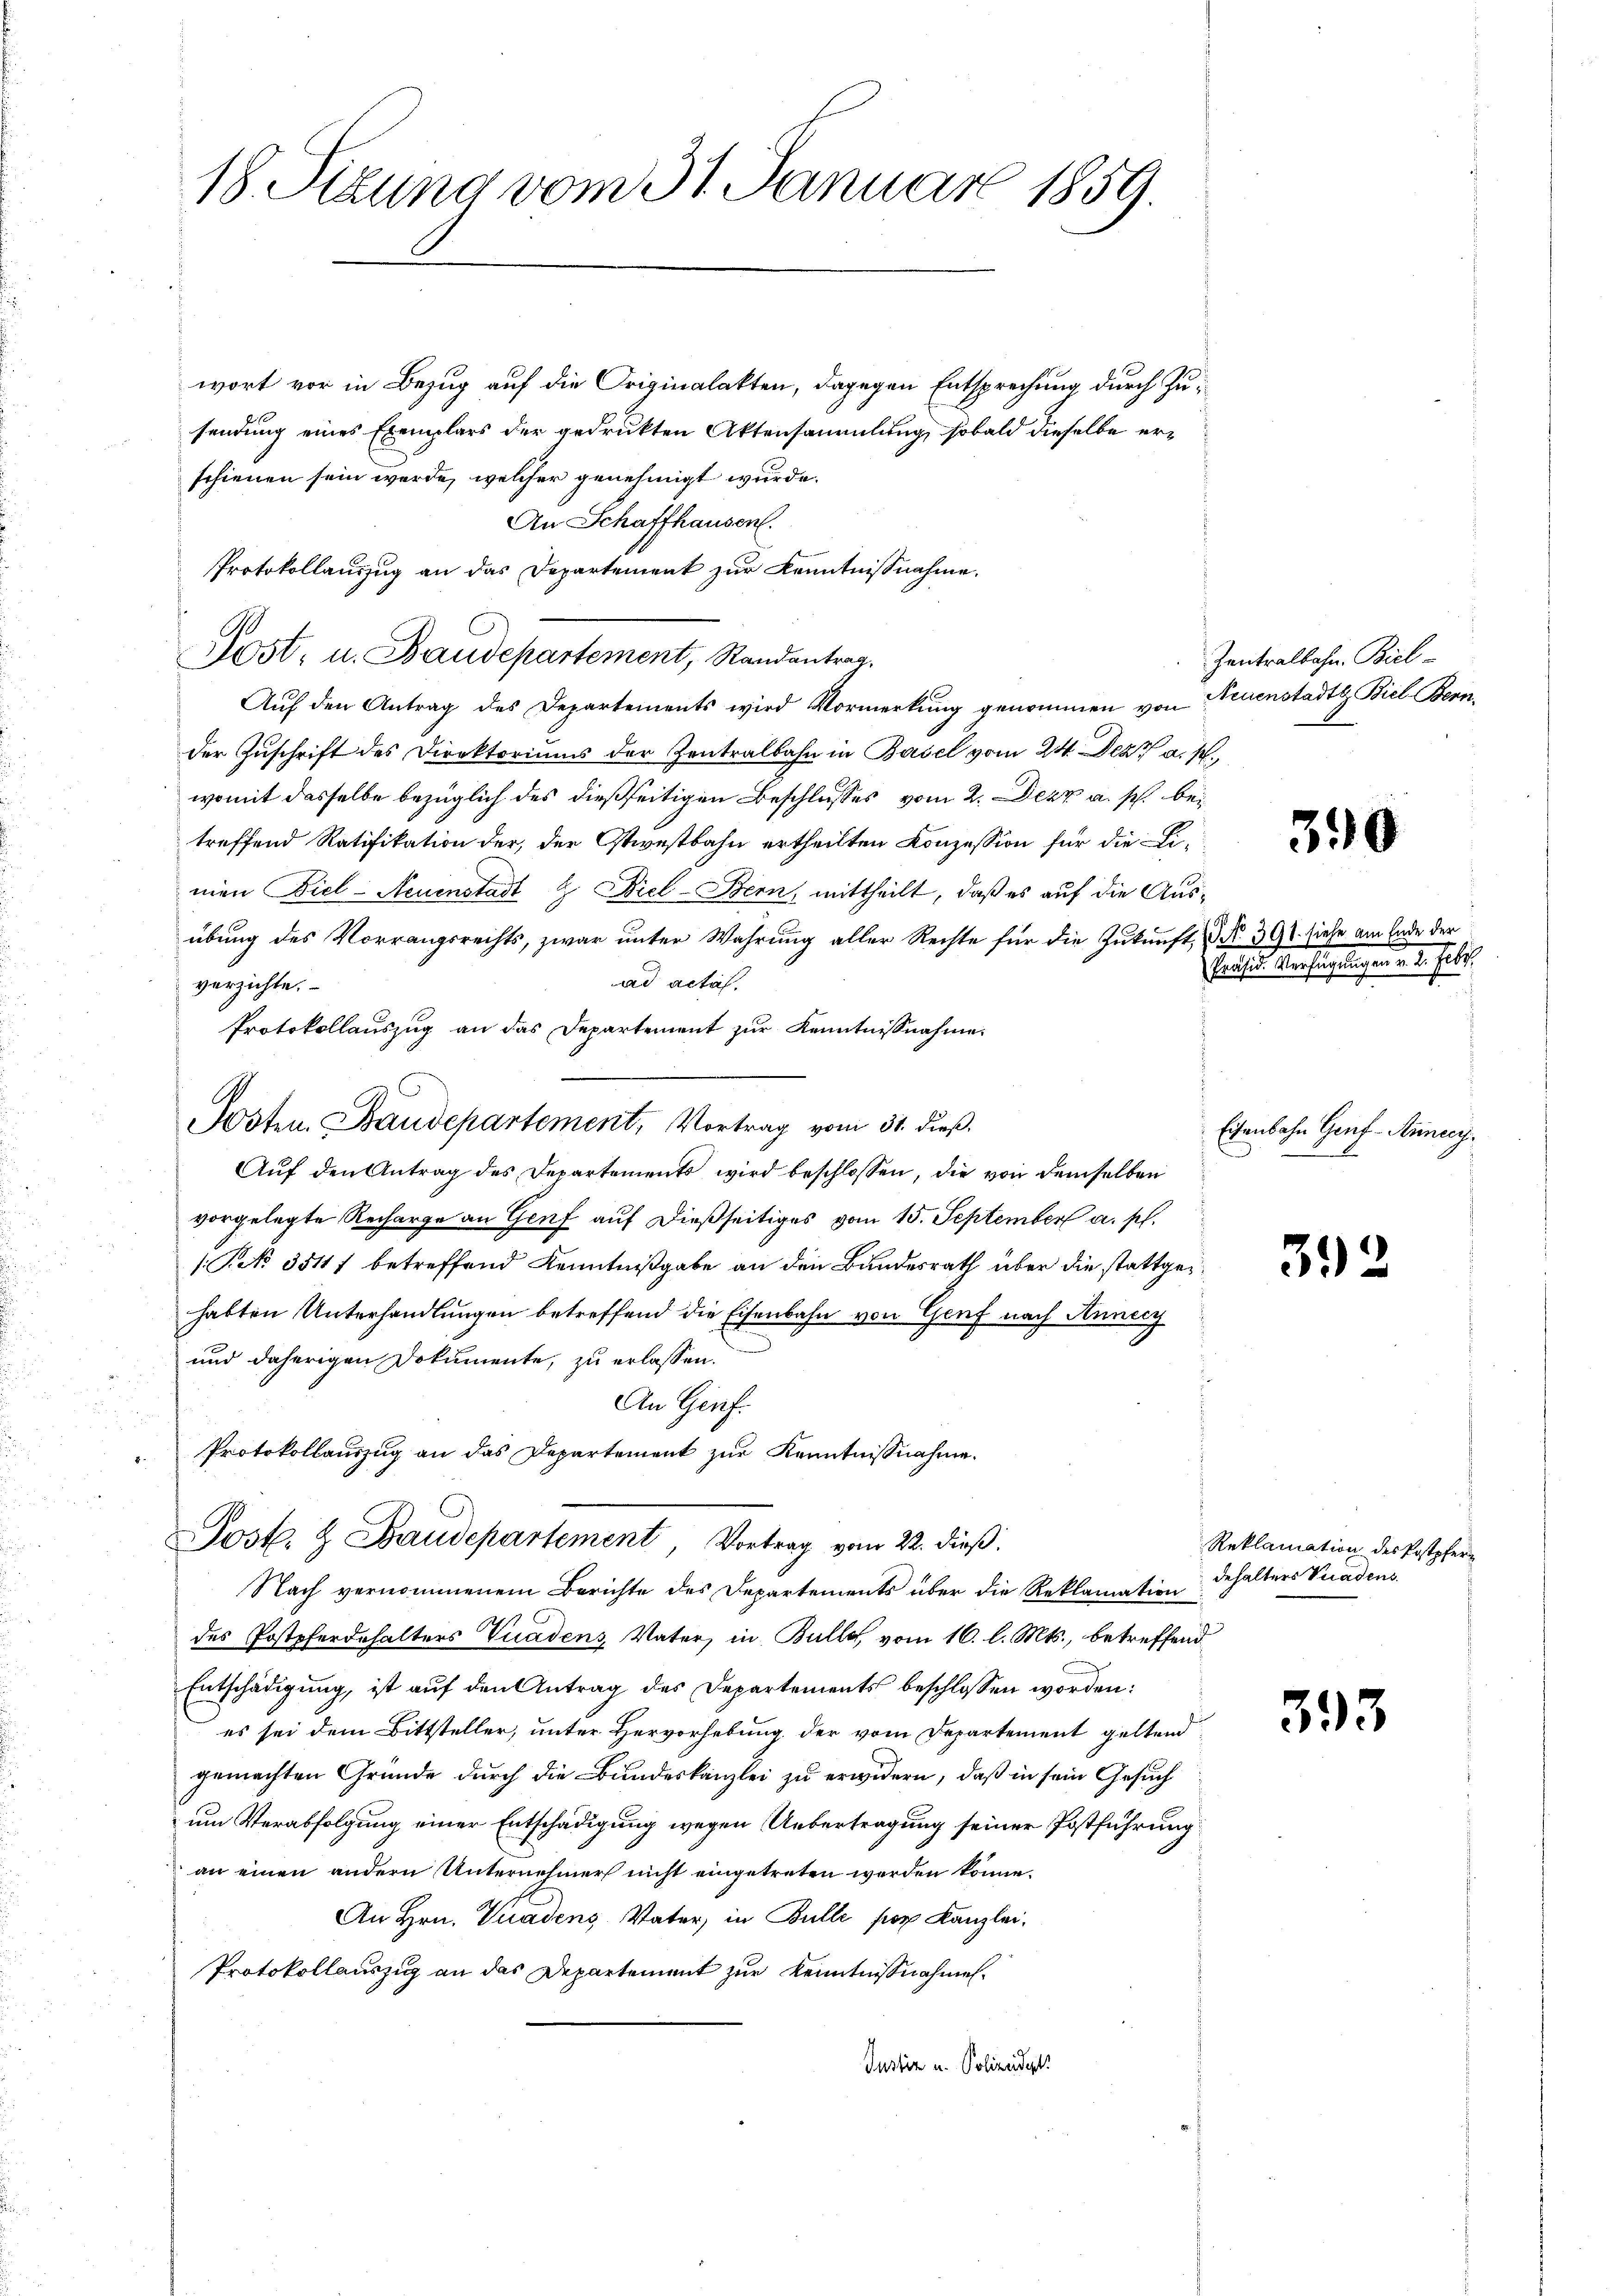
18. Sizung vom 31. Januar 1859.

wort vor in Bezug auf die Originalakten, dagegen Entsprechung durch Zusendung eines Exemplars der gedrukten Aktensammlung, sobald dieselbe erschienen sein werde, welcher genehmigt wurde.
An Schaffhausen.
Protokollauszug an das Departement zur Kenntnißnahme.
Post, u. Baudepartement, Randantrag.
Auf den Antrag des Departements wird Vormerkung genommen von Neuenstadt Biel Bernder Zuschrift des Direktoriums der Zentralbahn in Basel vom 24. Dez. a. p.
womit dasselbe bezüglich des dießseitigen Beschlusses vom 2. Dezz a. p. bei
treffend Ratifikation der, der Ostwestbahn ertheilten Konzession für die Limen Fiel-Neuenstadt & Biel-Bern, mittheilt, daß es auf die Ausübung des Vorrangsrechts, zwar unter Wahrung aller Rechte für die Zukunft No. 391. siehe am Ende der
ad acta.
verzichte.
Protokollauszug an das Departement zur Kenntnißnahme.
Posten, Baudepartement, Vortrag vom 31. dieß.
Aŭf den Antrag des Departements wird beschlossen, die von demselben
vorgelegte Recharge an Genf auf dießseitiges vom 15. September a. p.
1 Pek 3511 f betreffend Kenntnißgabe an den Bundesrath über die stattgehabten Unterhandlungen betreffend die Eisenbahn von Genf nach Annecy
und daherigen Dokumente, zu erlassen.
An Genf.
Protokollauszug an das Departement zur Kenntnißnahme.
Post. & Baudepartement Vortrag vom 22. dieß.
Nach vernommenem Berichte des Departements über die Reklamation
des Postpferdehalters Vuadens, Vater, in Bulle, vom 16. l. Mts., betreffend
Entschädigung, ist auf den Antrag des Departements beschlossen worden:
es sei dem Bittsteller, unter Hervorhebung der vom Departement geltend
gemachten Gründe durch die Bundeskanzlei zu erwidern, daß in sein Gesuch
um Verabfolgung einer Entschädigung wegen Uebertragung seiner Postführung
an einen andern Unternehmer nicht eingetreten werden könne.
An Hrn. Viadens Vater, in Bulle por Kanzlei.
Protokollauszug an das Departement zur Kenntnißnahmen.
Justin u. Polizeidigk

Zentralbahn. Biel

Hausen Verfügungende v. Febr.

390

Eisenbahn Genf-Auneci.

392

Reklamation des Postpferdehalters Viadens.

393